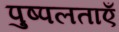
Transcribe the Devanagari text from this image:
पुष्पलताएँ